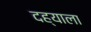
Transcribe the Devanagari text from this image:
दह्याला